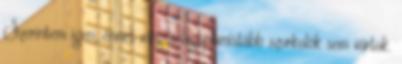
Szerintem igen, érmet még a legoptimistább szurkolók sem vártak.